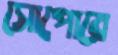
সোপোরে